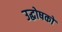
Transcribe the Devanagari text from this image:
उद्धोषकों